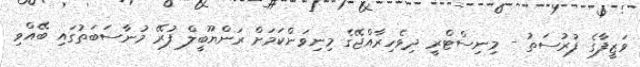
ވަޒީފާގެ ފުރުސަތު - މިނިސްޓްރީ ދިވެހިރާއްޖޭގެ މިނިވަންކަމަށް ރަންޔޫބީލް ފުރޭ މުނާސަބަތުގައި ބޭއްވި